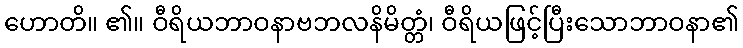
ဟောတိ။ ၏။ ဝီရိယဘာဝနာဗဘလနိမိတ္တံ၊ ဝီရိယဖြင့်ပြီးသောဘာဝနာ၏